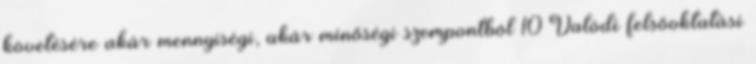
követésére akár mennyiségi, akár minőségi szempontból 10 Valódi felsőoktatási